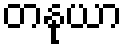
တနုယာ